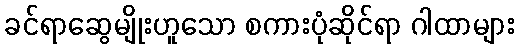
ခင်ရာဆွေမျိုးဟူသော စကားပုံဆိုင်ရာ ဂါထာများ